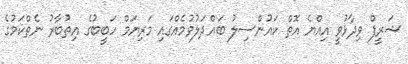
ޝަރީފް ވިދާޅުވީ އިއްޔެ އޮތް ކައުންސިލު ބައްދަލުވުމެއްގައި މަރިޔަމް ހަބީބުގެ އިތުބާރު ނެތްކަމުގެ